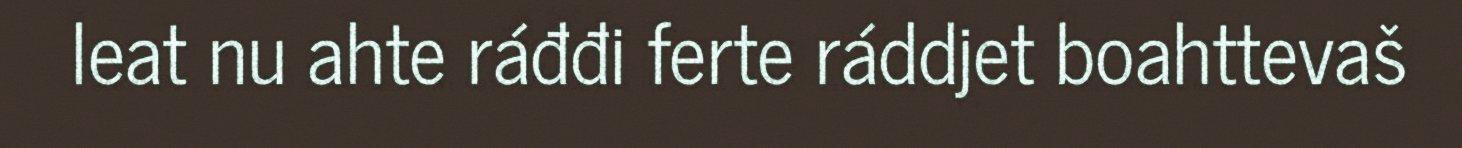
leat nu ahte ráđđi ferte ráddjet boahttevaš